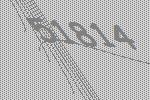
51814